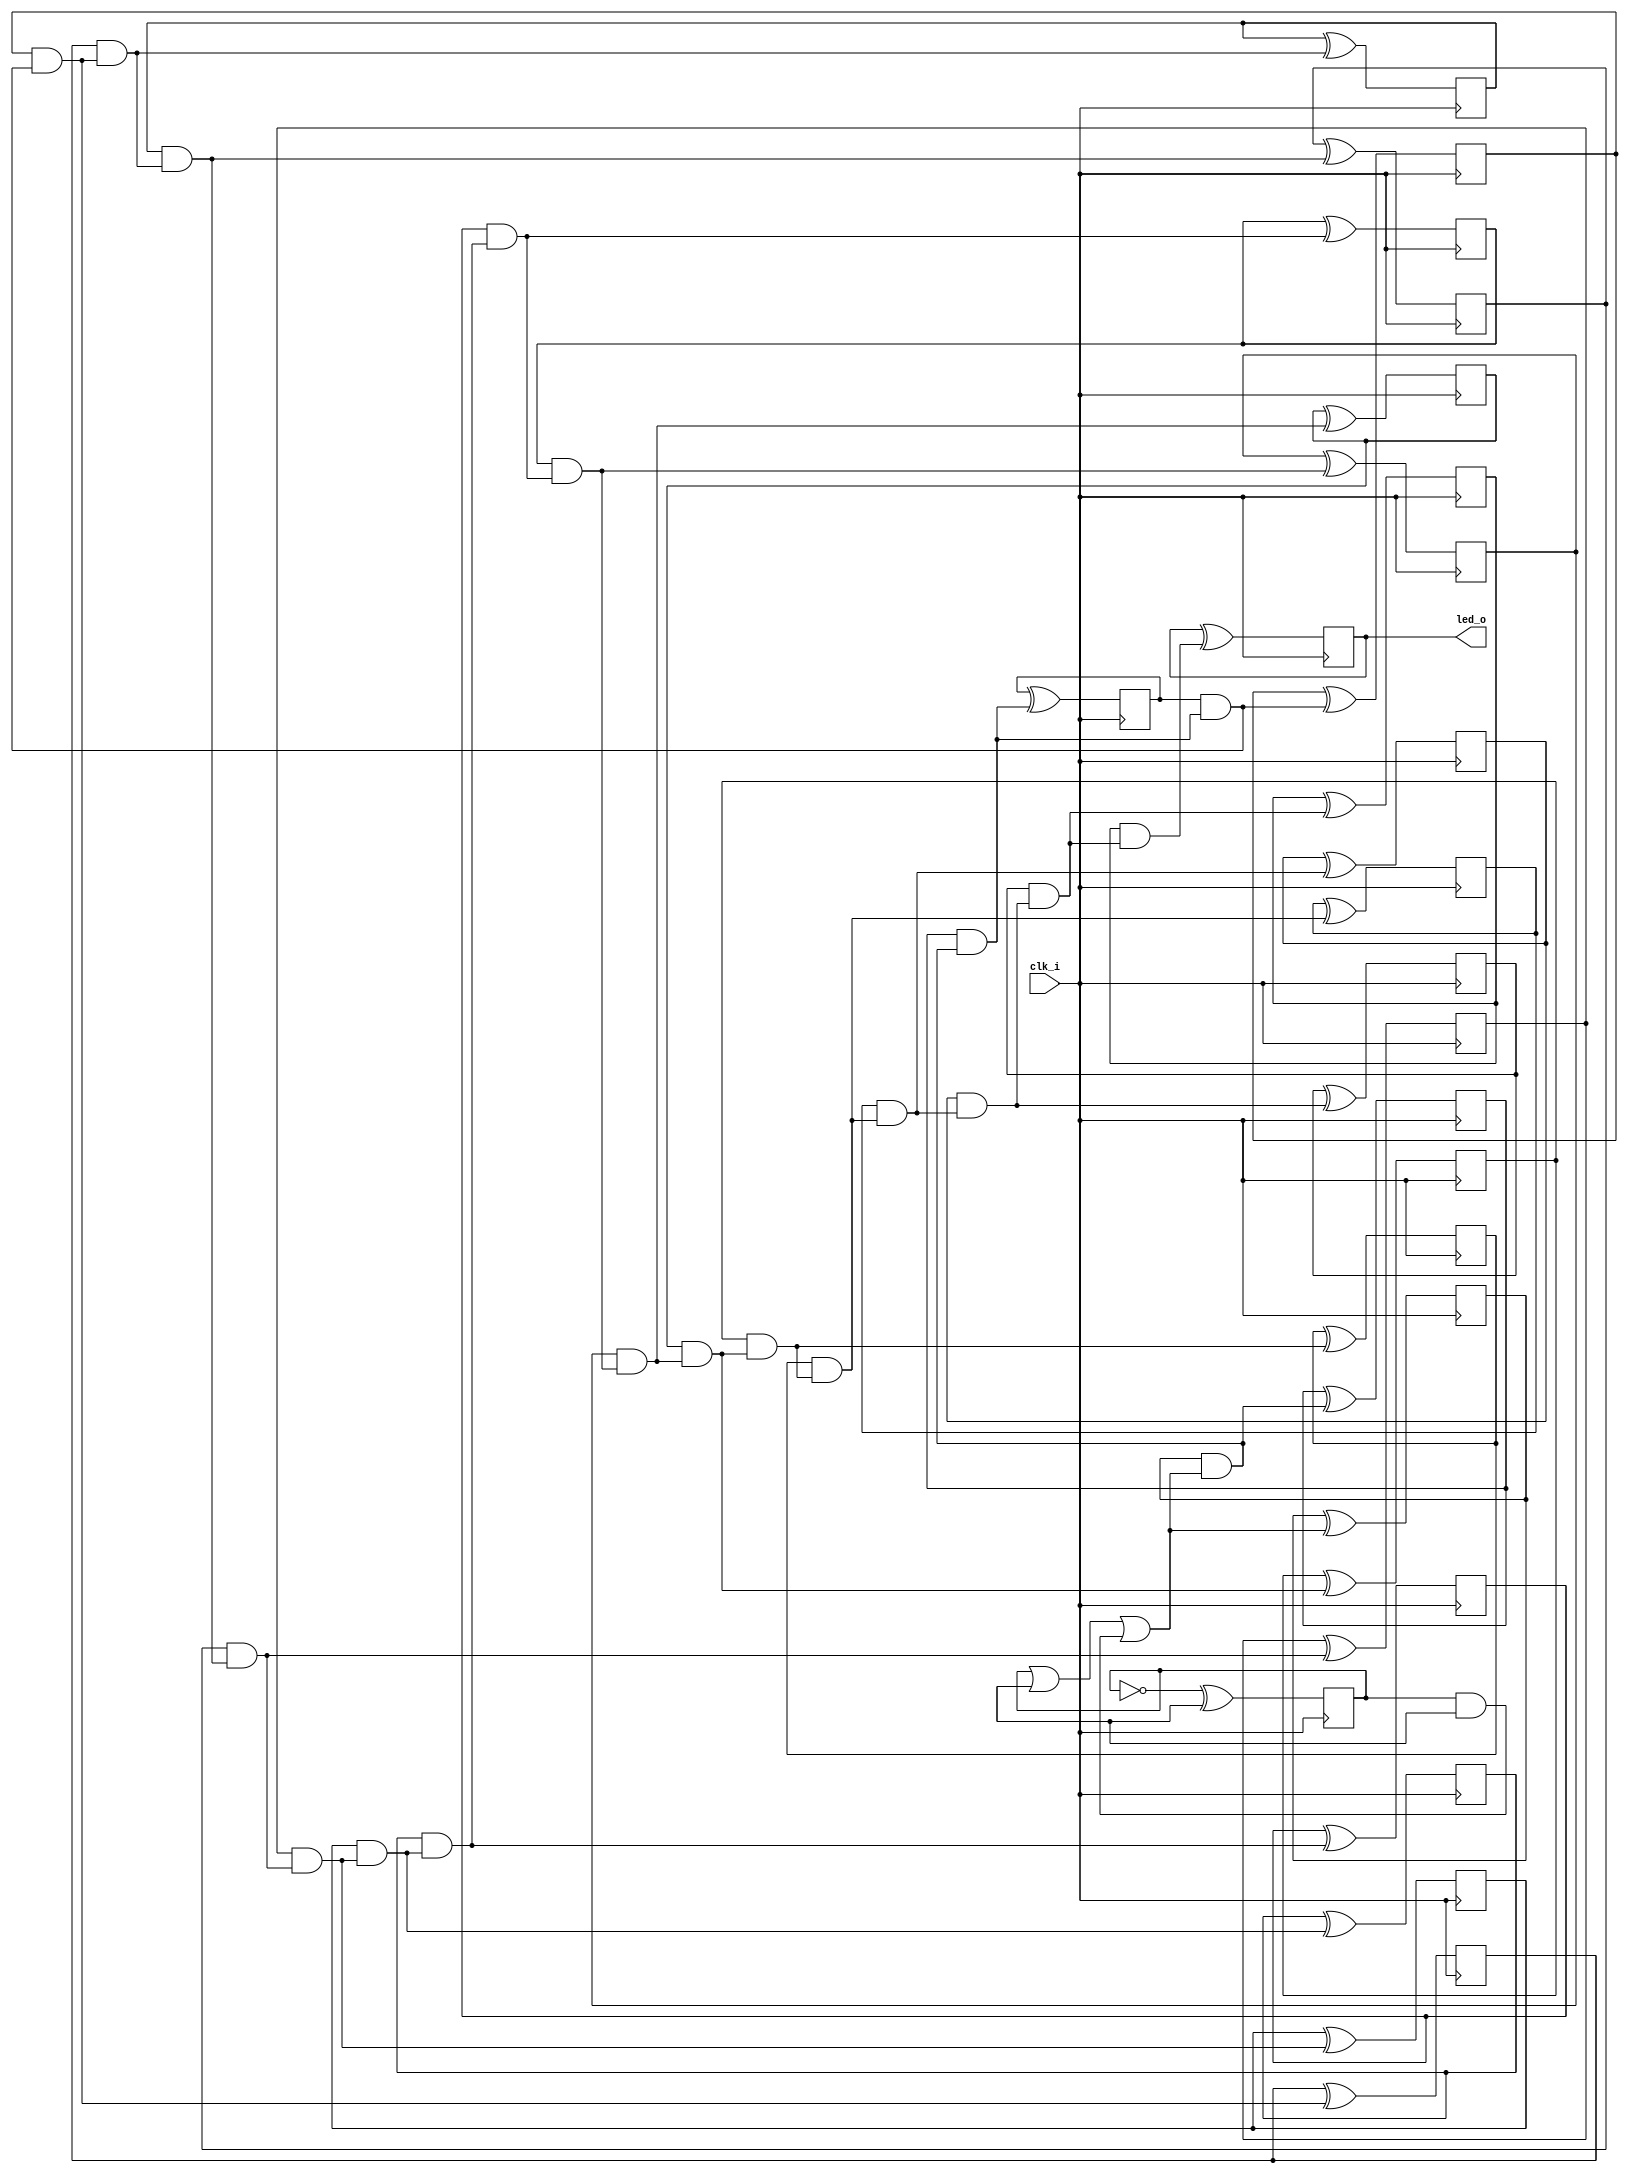
// Generated by MyHDL 0.11


`timescale 1ns/10ps

module blinker (
    clk_i,
    led_o
);
// Inputs:
//   clk_i:  This is a clock signal input.
//   length: This is the number of bits in the counter that generates the led_o output.
// Outputs:
//   led_o:  This is an output signal that drives an LED on and off.

input clk_i;
output led_o;
wire led_o;

wire [21:0] cnt;
wire [21:0] chunk_insts_0_next_cnt;
wire [21:0] chunk_insts_0_one;
reg chunk_insts_0_chunk_insts_0_chunk_insts_3_q_o;
reg chunk_insts_0_chunk_insts_0_chunk_insts_0_q_o;
reg chunk_insts_0_chunk_insts_0_chunk_insts_2_q_o;
reg chunk_insts_0_chunk_insts_0_chunk_insts_1_q_o;
reg chunk_insts_0_chunk_insts_0_chunk_insts_15_q_o;
reg chunk_insts_0_chunk_insts_0_chunk_insts_11_q_o;
reg chunk_insts_0_chunk_insts_0_chunk_insts_20_q_o;
reg chunk_insts_0_chunk_insts_0_chunk_insts_13_q_o;
reg chunk_insts_0_chunk_insts_0_k_q_o;
reg chunk_insts_0_chunk_insts_0_chunk_insts_21_q_o;
reg chunk_insts_0_chunk_insts_0_chunk_insts_4_q_o;
reg chunk_insts_0_chunk_insts_0_chunk_insts_19_q_o;
reg chunk_insts_0_chunk_insts_0_chunk_insts_18_q_o;
reg chunk_insts_0_chunk_insts_0_chunk_insts_17_q_o;
reg chunk_insts_0_chunk_insts_0_chunk_insts_16_q_o;
reg chunk_insts_0_chunk_insts_0_chunk_insts_14_q_o;
reg chunk_insts_0_chunk_insts_0_chunk_insts_12_q_o;
reg chunk_insts_0_chunk_insts_0_chunk_insts_10_q_o;
reg chunk_insts_0_chunk_insts_0_chunk_insts_9_q_o;
reg chunk_insts_0_chunk_insts_0_chunk_insts_7_q_o;
reg chunk_insts_0_chunk_insts_0_chunk_insts_6_q_o;
reg chunk_insts_0_chunk_insts_0_chunk_insts_8_q_o;
wire [21:0] chunk_insts_0_chunk_insts_0_chunk_insts_8_chunk_insts_5_a;
wire [22:0] chunk_insts_0_k_c;
wire chunk_insts_0_k_k_s_o;
wire chunk_insts_0_k_k_c_o;
wire chunk_insts_0_k_chunk_insts_18_s_o;
wire chunk_insts_0_k_chunk_insts_18_c_o;
wire chunk_insts_0_k_chunk_insts_22_s_o;
wire chunk_insts_0_k_chunk_insts_22_c_o;
wire chunk_insts_0_k_chunk_insts_20_s_o;
wire chunk_insts_0_k_chunk_insts_20_c_o;
wire chunk_insts_0_k_chunk_insts_14_s_o;
wire chunk_insts_0_k_chunk_insts_14_c_o;
wire chunk_insts_0_k_chunk_insts_17_s_o;
wire chunk_insts_0_k_chunk_insts_17_c_o;
wire chunk_insts_0_k_chunk_insts_21_s_o;
wire chunk_insts_0_k_chunk_insts_21_c_o;
wire chunk_insts_0_k_chunk_insts_19_s_o;
wire chunk_insts_0_k_chunk_insts_19_c_o;
wire chunk_insts_0_k_chunk_insts_16_s_o;
wire chunk_insts_0_k_chunk_insts_16_c_o;
wire chunk_insts_0_k_chunk_insts_15_s_o;
wire chunk_insts_0_k_chunk_insts_15_c_o;
wire chunk_insts_0_k_chunk_insts_13_s_o;
wire chunk_insts_0_k_chunk_insts_13_c_o;
wire chunk_insts_0_k_chunk_insts_12_s_o;
wire chunk_insts_0_k_chunk_insts_12_c_o;
wire chunk_insts_0_k_chunk_insts_11_s_o;
wire chunk_insts_0_k_chunk_insts_11_c_o;
wire chunk_insts_0_k_chunk_insts_8_s_o;
wire chunk_insts_0_k_chunk_insts_8_c_o;
wire chunk_insts_0_k_chunk_insts_10_s_o;
wire chunk_insts_0_k_chunk_insts_10_c_o;
wire chunk_insts_0_k_chunk_insts_7_s_o;
wire chunk_insts_0_k_chunk_insts_7_c_o;
wire chunk_insts_0_k_chunk_insts_6_s_o;
wire chunk_insts_0_k_chunk_insts_6_c_o;
wire chunk_insts_0_k_chunk_insts_9_s_o;
wire chunk_insts_0_k_chunk_insts_9_c_o;
wire chunk_insts_0_k_chunk_insts_0_s_o;
wire chunk_insts_0_k_chunk_insts_0_c_o;
wire chunk_insts_0_k_chunk_insts_4_s_o;
wire chunk_insts_0_k_chunk_insts_4_c_o;
wire chunk_insts_0_k_chunk_insts_3_s_o;
wire chunk_insts_0_k_chunk_insts_3_c_o;
wire chunk_insts_0_k_chunk_insts_5_s_o;
wire chunk_insts_0_k_chunk_insts_5_c_o;
wire [21:0] chunk_insts_0_k_chunk_insts_5_chunk_insts_2_a;
wire [22:0] chunk_insts_0_k_chunk_insts_5_chunk_insts_1_a;

assign chunk_insts_0_one = 22'd1;
assign chunk_insts_0_chunk_insts_0_chunk_insts_8_chunk_insts_5_a[21] = chunk_insts_0_chunk_insts_0_chunk_insts_3_q_o;
assign chunk_insts_0_chunk_insts_0_chunk_insts_8_chunk_insts_5_a[20] = chunk_insts_0_chunk_insts_0_chunk_insts_0_q_o;
assign chunk_insts_0_chunk_insts_0_chunk_insts_8_chunk_insts_5_a[19] = chunk_insts_0_chunk_insts_0_chunk_insts_2_q_o;
assign chunk_insts_0_chunk_insts_0_chunk_insts_8_chunk_insts_5_a[18] = chunk_insts_0_chunk_insts_0_chunk_insts_1_q_o;
assign chunk_insts_0_chunk_insts_0_chunk_insts_8_chunk_insts_5_a[17] = chunk_insts_0_chunk_insts_0_chunk_insts_15_q_o;
assign chunk_insts_0_chunk_insts_0_chunk_insts_8_chunk_insts_5_a[16] = chunk_insts_0_chunk_insts_0_chunk_insts_11_q_o;
assign chunk_insts_0_chunk_insts_0_chunk_insts_8_chunk_insts_5_a[15] = chunk_insts_0_chunk_insts_0_chunk_insts_20_q_o;
assign chunk_insts_0_chunk_insts_0_chunk_insts_8_chunk_insts_5_a[14] = chunk_insts_0_chunk_insts_0_chunk_insts_13_q_o;
assign chunk_insts_0_chunk_insts_0_chunk_insts_8_chunk_insts_5_a[13] = chunk_insts_0_chunk_insts_0_k_q_o;
assign chunk_insts_0_chunk_insts_0_chunk_insts_8_chunk_insts_5_a[12] = chunk_insts_0_chunk_insts_0_chunk_insts_21_q_o;
assign chunk_insts_0_chunk_insts_0_chunk_insts_8_chunk_insts_5_a[11] = chunk_insts_0_chunk_insts_0_chunk_insts_4_q_o;
assign chunk_insts_0_chunk_insts_0_chunk_insts_8_chunk_insts_5_a[10] = chunk_insts_0_chunk_insts_0_chunk_insts_19_q_o;
assign chunk_insts_0_chunk_insts_0_chunk_insts_8_chunk_insts_5_a[9] = chunk_insts_0_chunk_insts_0_chunk_insts_18_q_o;
assign chunk_insts_0_chunk_insts_0_chunk_insts_8_chunk_insts_5_a[8] = chunk_insts_0_chunk_insts_0_chunk_insts_17_q_o;
assign chunk_insts_0_chunk_insts_0_chunk_insts_8_chunk_insts_5_a[7] = chunk_insts_0_chunk_insts_0_chunk_insts_16_q_o;
assign chunk_insts_0_chunk_insts_0_chunk_insts_8_chunk_insts_5_a[6] = chunk_insts_0_chunk_insts_0_chunk_insts_14_q_o;
assign chunk_insts_0_chunk_insts_0_chunk_insts_8_chunk_insts_5_a[5] = chunk_insts_0_chunk_insts_0_chunk_insts_12_q_o;
assign chunk_insts_0_chunk_insts_0_chunk_insts_8_chunk_insts_5_a[4] = chunk_insts_0_chunk_insts_0_chunk_insts_10_q_o;
assign chunk_insts_0_chunk_insts_0_chunk_insts_8_chunk_insts_5_a[3] = chunk_insts_0_chunk_insts_0_chunk_insts_9_q_o;
assign chunk_insts_0_chunk_insts_0_chunk_insts_8_chunk_insts_5_a[2] = chunk_insts_0_chunk_insts_0_chunk_insts_7_q_o;
assign chunk_insts_0_chunk_insts_0_chunk_insts_8_chunk_insts_5_a[1] = chunk_insts_0_chunk_insts_0_chunk_insts_6_q_o;
assign chunk_insts_0_chunk_insts_0_chunk_insts_8_chunk_insts_5_a[0] = chunk_insts_0_chunk_insts_0_chunk_insts_8_q_o;
assign chunk_insts_0_k_chunk_insts_5_chunk_insts_2_a[21] = chunk_insts_0_k_k_s_o;
assign chunk_insts_0_k_chunk_insts_5_chunk_insts_2_a[20] = chunk_insts_0_k_chunk_insts_18_s_o;
assign chunk_insts_0_k_chunk_insts_5_chunk_insts_2_a[19] = chunk_insts_0_k_chunk_insts_22_s_o;
assign chunk_insts_0_k_chunk_insts_5_chunk_insts_2_a[18] = chunk_insts_0_k_chunk_insts_20_s_o;
assign chunk_insts_0_k_chunk_insts_5_chunk_insts_2_a[17] = chunk_insts_0_k_chunk_insts_14_s_o;
assign chunk_insts_0_k_chunk_insts_5_chunk_insts_2_a[16] = chunk_insts_0_k_chunk_insts_17_s_o;
assign chunk_insts_0_k_chunk_insts_5_chunk_insts_2_a[15] = chunk_insts_0_k_chunk_insts_21_s_o;
assign chunk_insts_0_k_chunk_insts_5_chunk_insts_2_a[14] = chunk_insts_0_k_chunk_insts_19_s_o;
assign chunk_insts_0_k_chunk_insts_5_chunk_insts_2_a[13] = chunk_insts_0_k_chunk_insts_16_s_o;
assign chunk_insts_0_k_chunk_insts_5_chunk_insts_2_a[12] = chunk_insts_0_k_chunk_insts_15_s_o;
assign chunk_insts_0_k_chunk_insts_5_chunk_insts_2_a[11] = chunk_insts_0_k_chunk_insts_13_s_o;
assign chunk_insts_0_k_chunk_insts_5_chunk_insts_2_a[10] = chunk_insts_0_k_chunk_insts_12_s_o;
assign chunk_insts_0_k_chunk_insts_5_chunk_insts_2_a[9] = chunk_insts_0_k_chunk_insts_11_s_o;
assign chunk_insts_0_k_chunk_insts_5_chunk_insts_2_a[8] = chunk_insts_0_k_chunk_insts_8_s_o;
assign chunk_insts_0_k_chunk_insts_5_chunk_insts_2_a[7] = chunk_insts_0_k_chunk_insts_10_s_o;
assign chunk_insts_0_k_chunk_insts_5_chunk_insts_2_a[6] = chunk_insts_0_k_chunk_insts_7_s_o;
assign chunk_insts_0_k_chunk_insts_5_chunk_insts_2_a[5] = chunk_insts_0_k_chunk_insts_6_s_o;
assign chunk_insts_0_k_chunk_insts_5_chunk_insts_2_a[4] = chunk_insts_0_k_chunk_insts_9_s_o;
assign chunk_insts_0_k_chunk_insts_5_chunk_insts_2_a[3] = chunk_insts_0_k_chunk_insts_0_s_o;
assign chunk_insts_0_k_chunk_insts_5_chunk_insts_2_a[2] = chunk_insts_0_k_chunk_insts_4_s_o;
assign chunk_insts_0_k_chunk_insts_5_chunk_insts_2_a[1] = chunk_insts_0_k_chunk_insts_3_s_o;
assign chunk_insts_0_k_chunk_insts_5_chunk_insts_2_a[0] = chunk_insts_0_k_chunk_insts_5_s_o;
assign chunk_insts_0_k_chunk_insts_5_chunk_insts_1_a[22] = chunk_insts_0_k_k_c_o;
assign chunk_insts_0_k_chunk_insts_5_chunk_insts_1_a[21] = chunk_insts_0_k_chunk_insts_18_c_o;
assign chunk_insts_0_k_chunk_insts_5_chunk_insts_1_a[20] = chunk_insts_0_k_chunk_insts_22_c_o;
assign chunk_insts_0_k_chunk_insts_5_chunk_insts_1_a[19] = chunk_insts_0_k_chunk_insts_20_c_o;
assign chunk_insts_0_k_chunk_insts_5_chunk_insts_1_a[18] = chunk_insts_0_k_chunk_insts_14_c_o;
assign chunk_insts_0_k_chunk_insts_5_chunk_insts_1_a[17] = chunk_insts_0_k_chunk_insts_17_c_o;
assign chunk_insts_0_k_chunk_insts_5_chunk_insts_1_a[16] = chunk_insts_0_k_chunk_insts_21_c_o;
assign chunk_insts_0_k_chunk_insts_5_chunk_insts_1_a[15] = chunk_insts_0_k_chunk_insts_19_c_o;
assign chunk_insts_0_k_chunk_insts_5_chunk_insts_1_a[14] = chunk_insts_0_k_chunk_insts_16_c_o;
assign chunk_insts_0_k_chunk_insts_5_chunk_insts_1_a[13] = chunk_insts_0_k_chunk_insts_15_c_o;
assign chunk_insts_0_k_chunk_insts_5_chunk_insts_1_a[12] = chunk_insts_0_k_chunk_insts_13_c_o;
assign chunk_insts_0_k_chunk_insts_5_chunk_insts_1_a[11] = chunk_insts_0_k_chunk_insts_12_c_o;
assign chunk_insts_0_k_chunk_insts_5_chunk_insts_1_a[10] = chunk_insts_0_k_chunk_insts_11_c_o;
assign chunk_insts_0_k_chunk_insts_5_chunk_insts_1_a[9] = chunk_insts_0_k_chunk_insts_8_c_o;
assign chunk_insts_0_k_chunk_insts_5_chunk_insts_1_a[8] = chunk_insts_0_k_chunk_insts_10_c_o;
assign chunk_insts_0_k_chunk_insts_5_chunk_insts_1_a[7] = chunk_insts_0_k_chunk_insts_7_c_o;
assign chunk_insts_0_k_chunk_insts_5_chunk_insts_1_a[6] = chunk_insts_0_k_chunk_insts_6_c_o;
assign chunk_insts_0_k_chunk_insts_5_chunk_insts_1_a[5] = chunk_insts_0_k_chunk_insts_9_c_o;
assign chunk_insts_0_k_chunk_insts_5_chunk_insts_1_a[4] = chunk_insts_0_k_chunk_insts_0_c_o;
assign chunk_insts_0_k_chunk_insts_5_chunk_insts_1_a[3] = chunk_insts_0_k_chunk_insts_4_c_o;
assign chunk_insts_0_k_chunk_insts_5_chunk_insts_1_a[2] = chunk_insts_0_k_chunk_insts_3_c_o;
assign chunk_insts_0_k_chunk_insts_5_chunk_insts_1_a[1] = chunk_insts_0_k_chunk_insts_5_c_o;


always @(posedge clk_i) begin: BLINKER_LOC_INSTS_CHUNK_INSTS_0_LOC_INSTS_CHUNK_INSTS_0_LOC_INSTS_CHUNK_INSTS_0_LOC_INSTS_CHUNK_INSTS_K
    chunk_insts_0_chunk_insts_0_chunk_insts_0_q_o <= chunk_insts_0_next_cnt[20];
end


always @(posedge clk_i) begin: BLINKER_LOC_INSTS_CHUNK_INSTS_0_LOC_INSTS_CHUNK_INSTS_0_LOC_INSTS_CHUNK_INSTS_1_LOC_INSTS_CHUNK_INSTS_K
    chunk_insts_0_chunk_insts_0_chunk_insts_1_q_o <= chunk_insts_0_next_cnt[18];
end


always @(posedge clk_i) begin: BLINKER_LOC_INSTS_CHUNK_INSTS_0_LOC_INSTS_CHUNK_INSTS_0_LOC_INSTS_CHUNK_INSTS_2_LOC_INSTS_CHUNK_INSTS_K
    chunk_insts_0_chunk_insts_0_chunk_insts_2_q_o <= chunk_insts_0_next_cnt[19];
end


always @(posedge clk_i) begin: BLINKER_LOC_INSTS_CHUNK_INSTS_0_LOC_INSTS_CHUNK_INSTS_0_LOC_INSTS_CHUNK_INSTS_3_LOC_INSTS_CHUNK_INSTS_K
    chunk_insts_0_chunk_insts_0_chunk_insts_3_q_o <= chunk_insts_0_next_cnt[21];
end


always @(posedge clk_i) begin: BLINKER_LOC_INSTS_CHUNK_INSTS_0_LOC_INSTS_CHUNK_INSTS_0_LOC_INSTS_CHUNK_INSTS_4_LOC_INSTS_CHUNK_INSTS_K
    chunk_insts_0_chunk_insts_0_chunk_insts_4_q_o <= chunk_insts_0_next_cnt[11];
end



assign cnt = chunk_insts_0_chunk_insts_0_chunk_insts_8_chunk_insts_5_a;


always @(posedge clk_i) begin: BLINKER_LOC_INSTS_CHUNK_INSTS_0_LOC_INSTS_CHUNK_INSTS_0_LOC_INSTS_CHUNK_INSTS_6_LOC_INSTS_CHUNK_INSTS_K
    chunk_insts_0_chunk_insts_0_chunk_insts_6_q_o <= chunk_insts_0_next_cnt[1];
end


always @(posedge clk_i) begin: BLINKER_LOC_INSTS_CHUNK_INSTS_0_LOC_INSTS_CHUNK_INSTS_0_LOC_INSTS_CHUNK_INSTS_7_LOC_INSTS_CHUNK_INSTS_K
    chunk_insts_0_chunk_insts_0_chunk_insts_7_q_o <= chunk_insts_0_next_cnt[2];
end


always @(posedge clk_i) begin: BLINKER_LOC_INSTS_CHUNK_INSTS_0_LOC_INSTS_CHUNK_INSTS_0_LOC_INSTS_CHUNK_INSTS_8_LOC_INSTS_CHUNK_INSTS_K
    chunk_insts_0_chunk_insts_0_chunk_insts_8_q_o <= chunk_insts_0_next_cnt[0];
end


always @(posedge clk_i) begin: BLINKER_LOC_INSTS_CHUNK_INSTS_0_LOC_INSTS_CHUNK_INSTS_0_LOC_INSTS_CHUNK_INSTS_9_LOC_INSTS_CHUNK_INSTS_K
    chunk_insts_0_chunk_insts_0_chunk_insts_9_q_o <= chunk_insts_0_next_cnt[3];
end


always @(posedge clk_i) begin: BLINKER_LOC_INSTS_CHUNK_INSTS_0_LOC_INSTS_CHUNK_INSTS_0_LOC_INSTS_CHUNK_INSTS_10_LOC_INSTS_CHUNK_INSTS_K
    chunk_insts_0_chunk_insts_0_chunk_insts_10_q_o <= chunk_insts_0_next_cnt[4];
end


always @(posedge clk_i) begin: BLINKER_LOC_INSTS_CHUNK_INSTS_0_LOC_INSTS_CHUNK_INSTS_0_LOC_INSTS_CHUNK_INSTS_11_LOC_INSTS_CHUNK_INSTS_K
    chunk_insts_0_chunk_insts_0_chunk_insts_11_q_o <= chunk_insts_0_next_cnt[16];
end


always @(posedge clk_i) begin: BLINKER_LOC_INSTS_CHUNK_INSTS_0_LOC_INSTS_CHUNK_INSTS_0_LOC_INSTS_CHUNK_INSTS_12_LOC_INSTS_CHUNK_INSTS_K
    chunk_insts_0_chunk_insts_0_chunk_insts_12_q_o <= chunk_insts_0_next_cnt[5];
end


always @(posedge clk_i) begin: BLINKER_LOC_INSTS_CHUNK_INSTS_0_LOC_INSTS_CHUNK_INSTS_0_LOC_INSTS_CHUNK_INSTS_13_LOC_INSTS_CHUNK_INSTS_K
    chunk_insts_0_chunk_insts_0_chunk_insts_13_q_o <= chunk_insts_0_next_cnt[14];
end


always @(posedge clk_i) begin: BLINKER_LOC_INSTS_CHUNK_INSTS_0_LOC_INSTS_CHUNK_INSTS_0_LOC_INSTS_CHUNK_INSTS_14_LOC_INSTS_CHUNK_INSTS_K
    chunk_insts_0_chunk_insts_0_chunk_insts_14_q_o <= chunk_insts_0_next_cnt[6];
end


always @(posedge clk_i) begin: BLINKER_LOC_INSTS_CHUNK_INSTS_0_LOC_INSTS_CHUNK_INSTS_0_LOC_INSTS_CHUNK_INSTS_15_LOC_INSTS_CHUNK_INSTS_K
    chunk_insts_0_chunk_insts_0_chunk_insts_15_q_o <= chunk_insts_0_next_cnt[17];
end


always @(posedge clk_i) begin: BLINKER_LOC_INSTS_CHUNK_INSTS_0_LOC_INSTS_CHUNK_INSTS_0_LOC_INSTS_CHUNK_INSTS_16_LOC_INSTS_CHUNK_INSTS_K
    chunk_insts_0_chunk_insts_0_chunk_insts_16_q_o <= chunk_insts_0_next_cnt[7];
end


always @(posedge clk_i) begin: BLINKER_LOC_INSTS_CHUNK_INSTS_0_LOC_INSTS_CHUNK_INSTS_0_LOC_INSTS_CHUNK_INSTS_17_LOC_INSTS_CHUNK_INSTS_K
    chunk_insts_0_chunk_insts_0_chunk_insts_17_q_o <= chunk_insts_0_next_cnt[8];
end


always @(posedge clk_i) begin: BLINKER_LOC_INSTS_CHUNK_INSTS_0_LOC_INSTS_CHUNK_INSTS_0_LOC_INSTS_CHUNK_INSTS_18_LOC_INSTS_CHUNK_INSTS_K
    chunk_insts_0_chunk_insts_0_chunk_insts_18_q_o <= chunk_insts_0_next_cnt[9];
end


always @(posedge clk_i) begin: BLINKER_LOC_INSTS_CHUNK_INSTS_0_LOC_INSTS_CHUNK_INSTS_0_LOC_INSTS_CHUNK_INSTS_19_LOC_INSTS_CHUNK_INSTS_K
    chunk_insts_0_chunk_insts_0_chunk_insts_19_q_o <= chunk_insts_0_next_cnt[10];
end


always @(posedge clk_i) begin: BLINKER_LOC_INSTS_CHUNK_INSTS_0_LOC_INSTS_CHUNK_INSTS_0_LOC_INSTS_CHUNK_INSTS_20_LOC_INSTS_CHUNK_INSTS_K
    chunk_insts_0_chunk_insts_0_chunk_insts_20_q_o <= chunk_insts_0_next_cnt[15];
end


always @(posedge clk_i) begin: BLINKER_LOC_INSTS_CHUNK_INSTS_0_LOC_INSTS_CHUNK_INSTS_0_LOC_INSTS_CHUNK_INSTS_21_LOC_INSTS_CHUNK_INSTS_K
    chunk_insts_0_chunk_insts_0_chunk_insts_21_q_o <= chunk_insts_0_next_cnt[12];
end


always @(posedge clk_i) begin: BLINKER_LOC_INSTS_CHUNK_INSTS_0_LOC_INSTS_CHUNK_INSTS_0_LOC_INSTS_CHUNK_INSTS_K_LOC_INSTS_CHUNK_INSTS_K
    chunk_insts_0_chunk_insts_0_k_q_o <= chunk_insts_0_next_cnt[13];
end



assign chunk_insts_0_k_chunk_insts_0_s_o = ((chunk_insts_0_one[3] ^ cnt[3]) ^ chunk_insts_0_k_c[3]);
assign chunk_insts_0_k_chunk_insts_0_c_o = (((chunk_insts_0_one[3] & cnt[3]) | (chunk_insts_0_one[3] & chunk_insts_0_k_c[3])) | (cnt[3] & chunk_insts_0_k_c[3]));



assign chunk_insts_0_k_c = chunk_insts_0_k_chunk_insts_5_chunk_insts_1_a;



assign chunk_insts_0_next_cnt = chunk_insts_0_k_chunk_insts_5_chunk_insts_2_a;



assign chunk_insts_0_k_chunk_insts_3_s_o = ((chunk_insts_0_one[1] ^ cnt[1]) ^ chunk_insts_0_k_c[1]);
assign chunk_insts_0_k_chunk_insts_3_c_o = (((chunk_insts_0_one[1] & cnt[1]) | (chunk_insts_0_one[1] & chunk_insts_0_k_c[1])) | (cnt[1] & chunk_insts_0_k_c[1]));



assign chunk_insts_0_k_chunk_insts_4_s_o = ((chunk_insts_0_one[2] ^ cnt[2]) ^ chunk_insts_0_k_c[2]);
assign chunk_insts_0_k_chunk_insts_4_c_o = (((chunk_insts_0_one[2] & cnt[2]) | (chunk_insts_0_one[2] & chunk_insts_0_k_c[2])) | (cnt[2] & chunk_insts_0_k_c[2]));



assign chunk_insts_0_k_chunk_insts_5_s_o = ((chunk_insts_0_one[0] ^ cnt[0]) ^ chunk_insts_0_k_c[0]);
assign chunk_insts_0_k_chunk_insts_5_c_o = (((chunk_insts_0_one[0] & cnt[0]) | (chunk_insts_0_one[0] & chunk_insts_0_k_c[0])) | (cnt[0] & chunk_insts_0_k_c[0]));



assign chunk_insts_0_k_chunk_insts_6_s_o = ((chunk_insts_0_one[5] ^ cnt[5]) ^ chunk_insts_0_k_c[5]);
assign chunk_insts_0_k_chunk_insts_6_c_o = (((chunk_insts_0_one[5] & cnt[5]) | (chunk_insts_0_one[5] & chunk_insts_0_k_c[5])) | (cnt[5] & chunk_insts_0_k_c[5]));



assign chunk_insts_0_k_chunk_insts_7_s_o = ((chunk_insts_0_one[6] ^ cnt[6]) ^ chunk_insts_0_k_c[6]);
assign chunk_insts_0_k_chunk_insts_7_c_o = (((chunk_insts_0_one[6] & cnt[6]) | (chunk_insts_0_one[6] & chunk_insts_0_k_c[6])) | (cnt[6] & chunk_insts_0_k_c[6]));



assign chunk_insts_0_k_chunk_insts_8_s_o = ((chunk_insts_0_one[8] ^ cnt[8]) ^ chunk_insts_0_k_c[8]);
assign chunk_insts_0_k_chunk_insts_8_c_o = (((chunk_insts_0_one[8] & cnt[8]) | (chunk_insts_0_one[8] & chunk_insts_0_k_c[8])) | (cnt[8] & chunk_insts_0_k_c[8]));



assign chunk_insts_0_k_chunk_insts_9_s_o = ((chunk_insts_0_one[4] ^ cnt[4]) ^ chunk_insts_0_k_c[4]);
assign chunk_insts_0_k_chunk_insts_9_c_o = (((chunk_insts_0_one[4] & cnt[4]) | (chunk_insts_0_one[4] & chunk_insts_0_k_c[4])) | (cnt[4] & chunk_insts_0_k_c[4]));



assign chunk_insts_0_k_chunk_insts_10_s_o = ((chunk_insts_0_one[7] ^ cnt[7]) ^ chunk_insts_0_k_c[7]);
assign chunk_insts_0_k_chunk_insts_10_c_o = (((chunk_insts_0_one[7] & cnt[7]) | (chunk_insts_0_one[7] & chunk_insts_0_k_c[7])) | (cnt[7] & chunk_insts_0_k_c[7]));



assign chunk_insts_0_k_chunk_insts_11_s_o = ((chunk_insts_0_one[9] ^ cnt[9]) ^ chunk_insts_0_k_c[9]);
assign chunk_insts_0_k_chunk_insts_11_c_o = (((chunk_insts_0_one[9] & cnt[9]) | (chunk_insts_0_one[9] & chunk_insts_0_k_c[9])) | (cnt[9] & chunk_insts_0_k_c[9]));



assign chunk_insts_0_k_chunk_insts_12_s_o = ((chunk_insts_0_one[10] ^ cnt[10]) ^ chunk_insts_0_k_c[10]);
assign chunk_insts_0_k_chunk_insts_12_c_o = (((chunk_insts_0_one[10] & cnt[10]) | (chunk_insts_0_one[10] & chunk_insts_0_k_c[10])) | (cnt[10] & chunk_insts_0_k_c[10]));



assign chunk_insts_0_k_chunk_insts_13_s_o = ((chunk_insts_0_one[11] ^ cnt[11]) ^ chunk_insts_0_k_c[11]);
assign chunk_insts_0_k_chunk_insts_13_c_o = (((chunk_insts_0_one[11] & cnt[11]) | (chunk_insts_0_one[11] & chunk_insts_0_k_c[11])) | (cnt[11] & chunk_insts_0_k_c[11]));



assign chunk_insts_0_k_chunk_insts_14_s_o = ((chunk_insts_0_one[17] ^ cnt[17]) ^ chunk_insts_0_k_c[17]);
assign chunk_insts_0_k_chunk_insts_14_c_o = (((chunk_insts_0_one[17] & cnt[17]) | (chunk_insts_0_one[17] & chunk_insts_0_k_c[17])) | (cnt[17] & chunk_insts_0_k_c[17]));



assign chunk_insts_0_k_chunk_insts_15_s_o = ((chunk_insts_0_one[12] ^ cnt[12]) ^ chunk_insts_0_k_c[12]);
assign chunk_insts_0_k_chunk_insts_15_c_o = (((chunk_insts_0_one[12] & cnt[12]) | (chunk_insts_0_one[12] & chunk_insts_0_k_c[12])) | (cnt[12] & chunk_insts_0_k_c[12]));



assign chunk_insts_0_k_chunk_insts_16_s_o = ((chunk_insts_0_one[13] ^ cnt[13]) ^ chunk_insts_0_k_c[13]);
assign chunk_insts_0_k_chunk_insts_16_c_o = (((chunk_insts_0_one[13] & cnt[13]) | (chunk_insts_0_one[13] & chunk_insts_0_k_c[13])) | (cnt[13] & chunk_insts_0_k_c[13]));



assign chunk_insts_0_k_chunk_insts_17_s_o = ((chunk_insts_0_one[16] ^ cnt[16]) ^ chunk_insts_0_k_c[16]);
assign chunk_insts_0_k_chunk_insts_17_c_o = (((chunk_insts_0_one[16] & cnt[16]) | (chunk_insts_0_one[16] & chunk_insts_0_k_c[16])) | (cnt[16] & chunk_insts_0_k_c[16]));



assign chunk_insts_0_k_chunk_insts_18_s_o = ((chunk_insts_0_one[20] ^ cnt[20]) ^ chunk_insts_0_k_c[20]);
assign chunk_insts_0_k_chunk_insts_18_c_o = (((chunk_insts_0_one[20] & cnt[20]) | (chunk_insts_0_one[20] & chunk_insts_0_k_c[20])) | (cnt[20] & chunk_insts_0_k_c[20]));



assign chunk_insts_0_k_chunk_insts_19_s_o = ((chunk_insts_0_one[14] ^ cnt[14]) ^ chunk_insts_0_k_c[14]);
assign chunk_insts_0_k_chunk_insts_19_c_o = (((chunk_insts_0_one[14] & cnt[14]) | (chunk_insts_0_one[14] & chunk_insts_0_k_c[14])) | (cnt[14] & chunk_insts_0_k_c[14]));



assign chunk_insts_0_k_chunk_insts_20_s_o = ((chunk_insts_0_one[18] ^ cnt[18]) ^ chunk_insts_0_k_c[18]);
assign chunk_insts_0_k_chunk_insts_20_c_o = (((chunk_insts_0_one[18] & cnt[18]) | (chunk_insts_0_one[18] & chunk_insts_0_k_c[18])) | (cnt[18] & chunk_insts_0_k_c[18]));



assign chunk_insts_0_k_chunk_insts_21_s_o = ((chunk_insts_0_one[15] ^ cnt[15]) ^ chunk_insts_0_k_c[15]);
assign chunk_insts_0_k_chunk_insts_21_c_o = (((chunk_insts_0_one[15] & cnt[15]) | (chunk_insts_0_one[15] & chunk_insts_0_k_c[15])) | (cnt[15] & chunk_insts_0_k_c[15]));



assign chunk_insts_0_k_chunk_insts_22_s_o = ((chunk_insts_0_one[19] ^ cnt[19]) ^ chunk_insts_0_k_c[19]);
assign chunk_insts_0_k_chunk_insts_22_c_o = (((chunk_insts_0_one[19] & cnt[19]) | (chunk_insts_0_one[19] & chunk_insts_0_k_c[19])) | (cnt[19] & chunk_insts_0_k_c[19]));



assign chunk_insts_0_k_k_s_o = ((chunk_insts_0_one[21] ^ cnt[21]) ^ chunk_insts_0_k_c[21]);
assign chunk_insts_0_k_k_c_o = (((chunk_insts_0_one[21] & cnt[21]) | (chunk_insts_0_one[21] & chunk_insts_0_k_c[21])) | (cnt[21] & chunk_insts_0_k_c[21]));



assign led_o = cnt[(22 - 1)];

endmodule